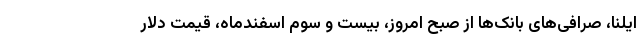
ایلنا، صرافی‌های بانک‌ها از صبح امروز، بیست و سوم اسفندماه، قیمت دلار